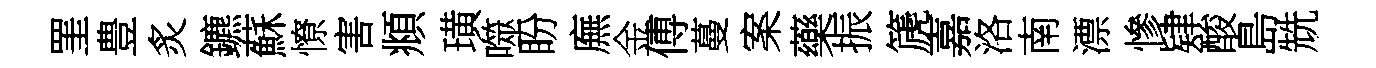
罣豊炙鑣蘇憭害頫璜噬盼廡金傅蔓案藥振篪嘉洛南漂慘肄酸島兟